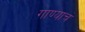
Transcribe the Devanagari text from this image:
गाण्याचं